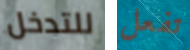
للتدخل تفعل